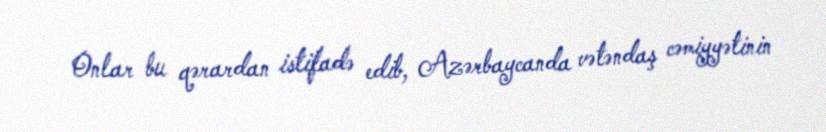
Onlar bu qərardan istifadə edib, Azərbaycanda vətəndaş cəmiyyətinin